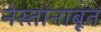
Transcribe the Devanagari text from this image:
नेस्तानाबूत